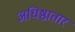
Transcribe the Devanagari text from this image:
अधिष्ठातारं